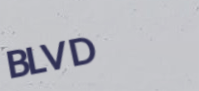
BLVD